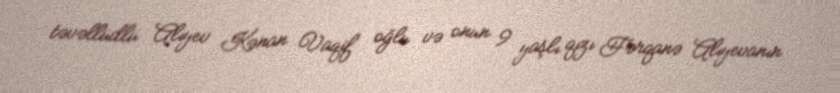
təvəllüdlü Alıyev Kənan Vaqif oğlu və onun 9 yaşlı qızı Fərqanə Alıyevanın